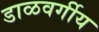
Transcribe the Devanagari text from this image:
डाळवर्गीय